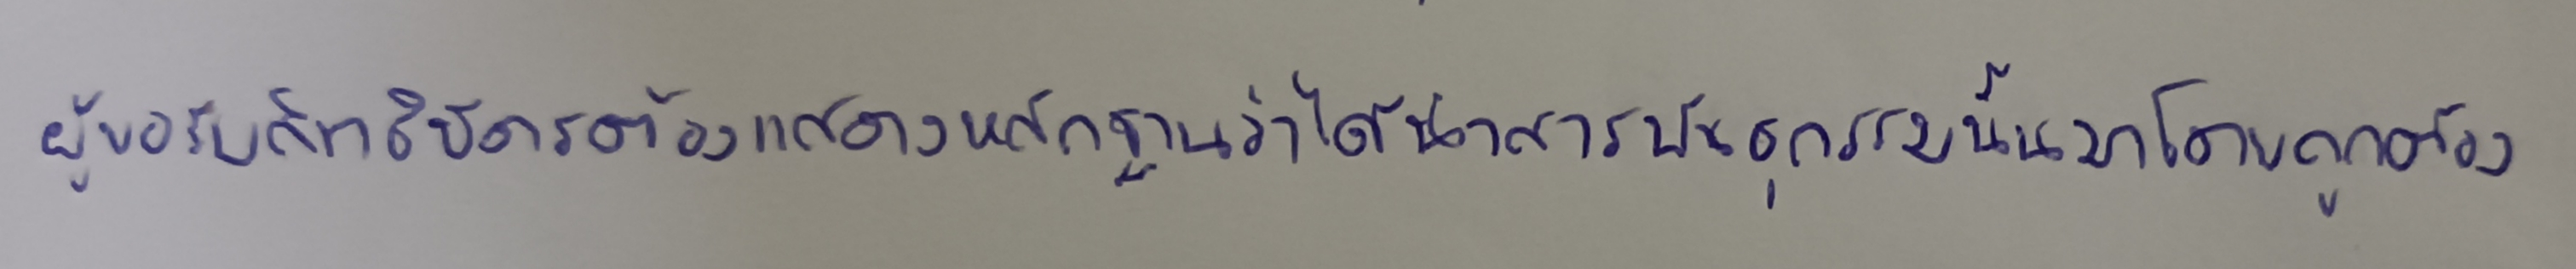
ผู้ขอรับสิทธิบัตรต้องแสดงหลักฐานว่าได้นำสารพันธุกรรมนั้นมาโดยถูกต้อง